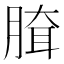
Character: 䐛